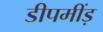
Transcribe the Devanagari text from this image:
डीपमींड़